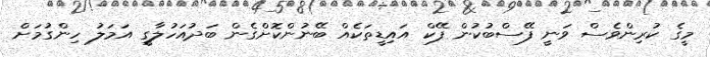
މީގެ ކުރިންވެސް ވަނީ ފޭސްބުކުން ފޭކް އައިޑީތަކެއް ބޭނުންކޮށްގެން ބަދުއަހުލާގީ އަމަލު ހިންގުމަށް